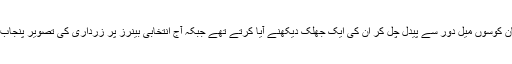
بھٹو جب پنجاب کا رخ کرتے تھے تو کسان کوسوں میل دور سے پیدل چل کر ان کی ایک جھلک دیکھنے آیا کرتے تھے جبکہ آج انتخابی بینرز پر زرداری کی تصویر پنجاب میں شکست کی علامت سمجھی جاتی ہے۔